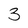
Character: 3